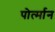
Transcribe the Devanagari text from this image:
पोर्त्मान